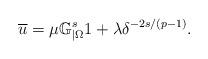
LaTeX: \begin{align*}\overline u=\mu\mathbb{G}_{|\Omega}^s1+\lambda\delta^{-2s/(p-1)}.\end{align*}